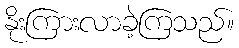
နိုးကြားလာခဲ့ကြသည်။